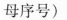
母序号)